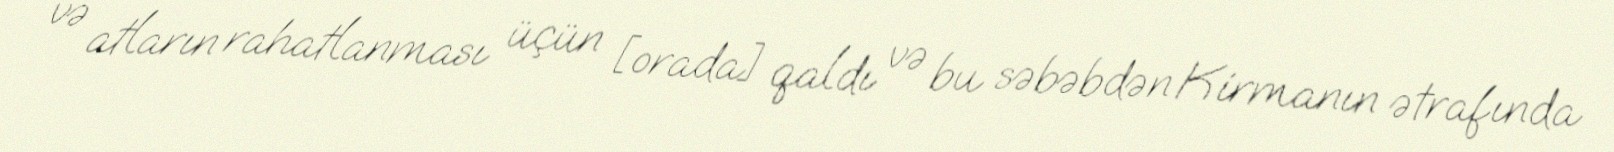
və atların rahatlanması üçün [orada] qaldı və bu səbəbdən Kirmanın ətrafında